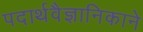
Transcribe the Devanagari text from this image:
पदार्थवैज्ञानिकाने